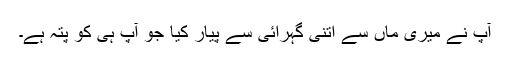
آپ نے میری ماں سے اتنی گہرائی سے پیار کیا جو آپ ہی کو پتہ ہے۔